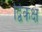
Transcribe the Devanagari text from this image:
द्विकक्ष